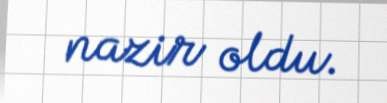
nazir oldu.